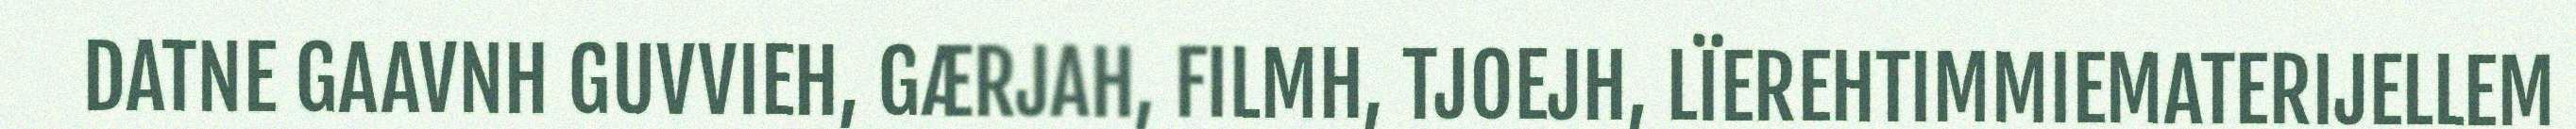
DATNE GAAVNH GUVVIEH, GÆRJAH, FILMH, TJOEJH, LÏEREHTIMMIEMATERIJELLEM